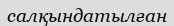
салқындатылған